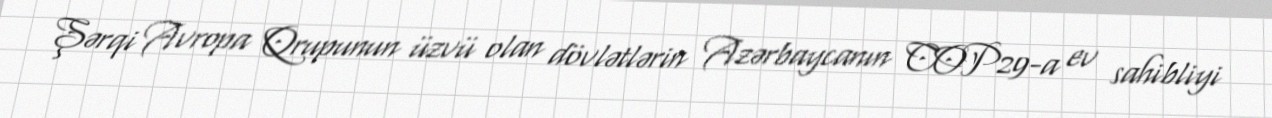
Şərqi Avropa Qrupunun üzvü olan dövlətlərin Azərbaycanın COP29-a ev sahibliyi